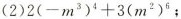
(2)$$2(-m^{3})^{4}+3(m^{2})^{6}$$;